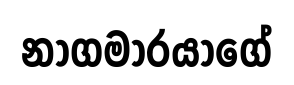
නාගමාරයාගේ